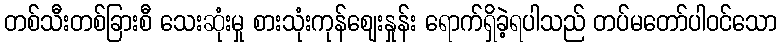
တစ်သီးတစ်ခြားစီ သေးဆုံးမှု စားသုံးကုန်ဈေးနှုန်း ရောက်ရှိခဲ့ရပါသည် တပ်မတော်ပါဝင်သော